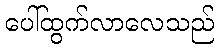
ပေါ်ထွက်လာလေသည်